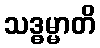
သဒ္ဓမ္မာတိ